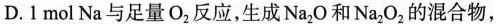
D.1mol Na与足量O_{2}反应，生成Na_{2}O和Na_{2}O_{2}的混合物，